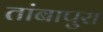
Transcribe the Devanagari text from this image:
तांबापुरा